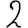
Digit: 2